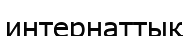
интернаттық